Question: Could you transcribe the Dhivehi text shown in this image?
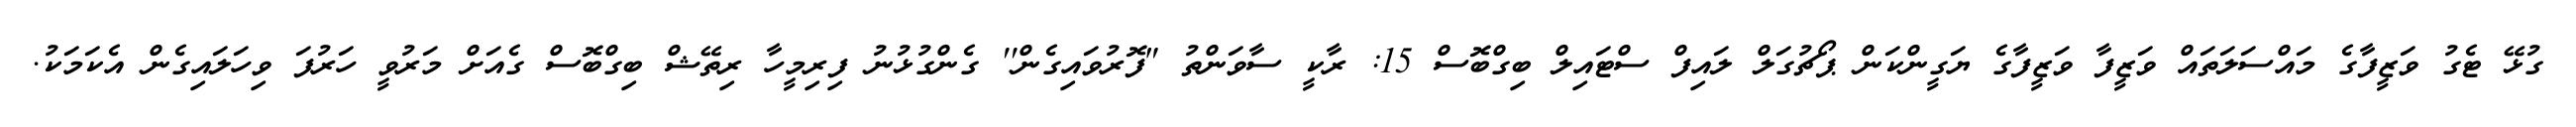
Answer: ގުޅޭ ޓެގު ވަޒީފާގެ މައްސަލަތައް ވަޒީފާ ވަޒީފާގެ ޔަގީންކަން ޕޯޗުގަލް ލައިފް ސްޓައިލް ބިގްބޮސް 15: ރާކީ ސާވަންތު "ފޮރުވައިގެން'' ގެންގުޅުނު ފިރިމީހާ ރިތޭޝް ބިގްބޮސް ގެއަށް މަރުވީ ހަރުފަ ވިހަލައިގެން އެކަމަކު.